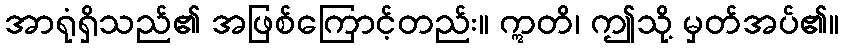
အာရုံရှိသည်၏ အဖြစ်ကြောင့်တည်း။ ဣတိ၊ ဤသို့ မှတ်အပ်၏။